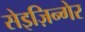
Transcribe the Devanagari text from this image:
सेइज़िन्गेर